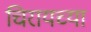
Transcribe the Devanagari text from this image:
चिरायच्या